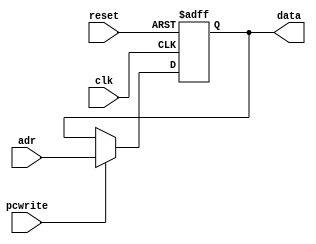
`timescale 1ns / 1ps
//////////////////////////////////////////////////////////////////////////////////
// Company: 
// Engineer: 
// 
// Design Name: 
// Module Name: PC
// Project Name: 
// Target Devices: 
// Tool Versions: 
// Description: 
// 
// Dependencies: 
// 
// Revision:
// Revision 0.01 - File Created
// Additional Comments:
// 
//////////////////////////////////////////////////////////////////////////////////


module PC(
    input clk, reset,
    input pcwrite,
    input [31:0] adr,
    output [31:0] data 
    );
    reg [31:0] inst;
    
    assign data = inst;

    always @(posedge clk, posedge reset) begin
        if (reset) 
            inst <= 0;
        else if (pcwrite) 
            inst <= adr;
    end
endmodule